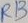
Text: R13